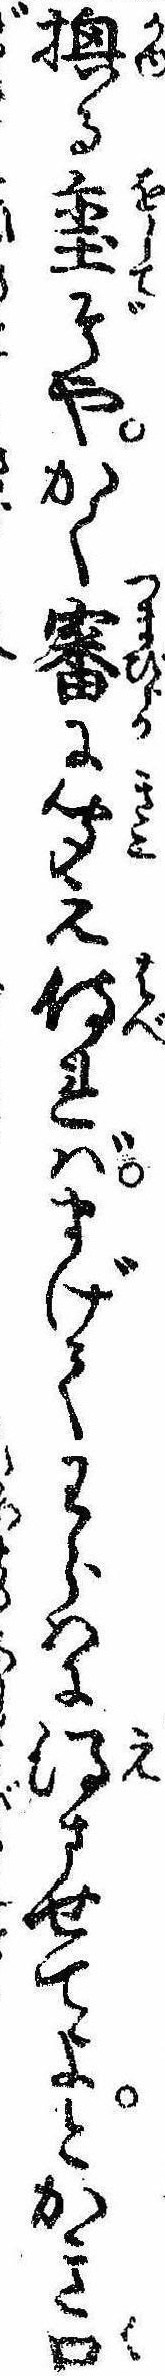
換る璽ぞやかく審に聞え侍ればまげてわらはに得させてよとかき口